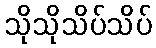
သိုသိုသိပ်သိပ်